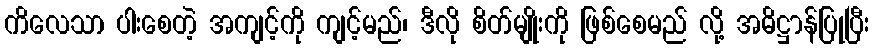
ကိလေသာ ပါးစေတဲ့ အကျင့်ကို ကျင့်မည်၊ ဒီလို စိတ်မျိုးကို ဖြစ်စေမည် လို့ အဓိဋ္ဌာန်ပြုပြီး